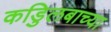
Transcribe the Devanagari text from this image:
कडुिलबाच्या